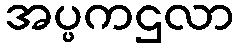
အပ္ပကဌလာ